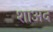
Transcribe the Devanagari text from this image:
शाअद